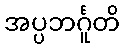
အပ္ပဘင်္ဂူတိ